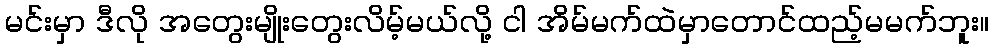
မင်းမှာ ဒီလို အတွေးမျိုးတွေးလိမ့်မယ်လို့ ငါ အိမ်မက်ထဲမှာတောင်ထည့်မမက်ဘူး။